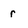
Character: r